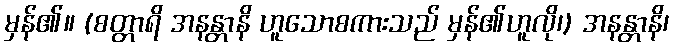
မှန်၏။ (စတ္တာရိ အနန္တာနိ ဟူသောစကားသည် မှန်၏ဟူလို၊) အနန္တာနိ၊